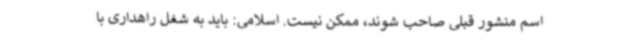
اسم منشور قبلی صاحب شوند، ممکن نیست. اسلامی: باید به شغل راهداری با